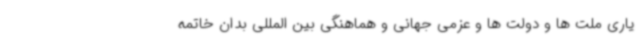
یاری ملت ها و دولت ها و عزمی جهانی و هماهنگی بین المللی بدان خاتمه